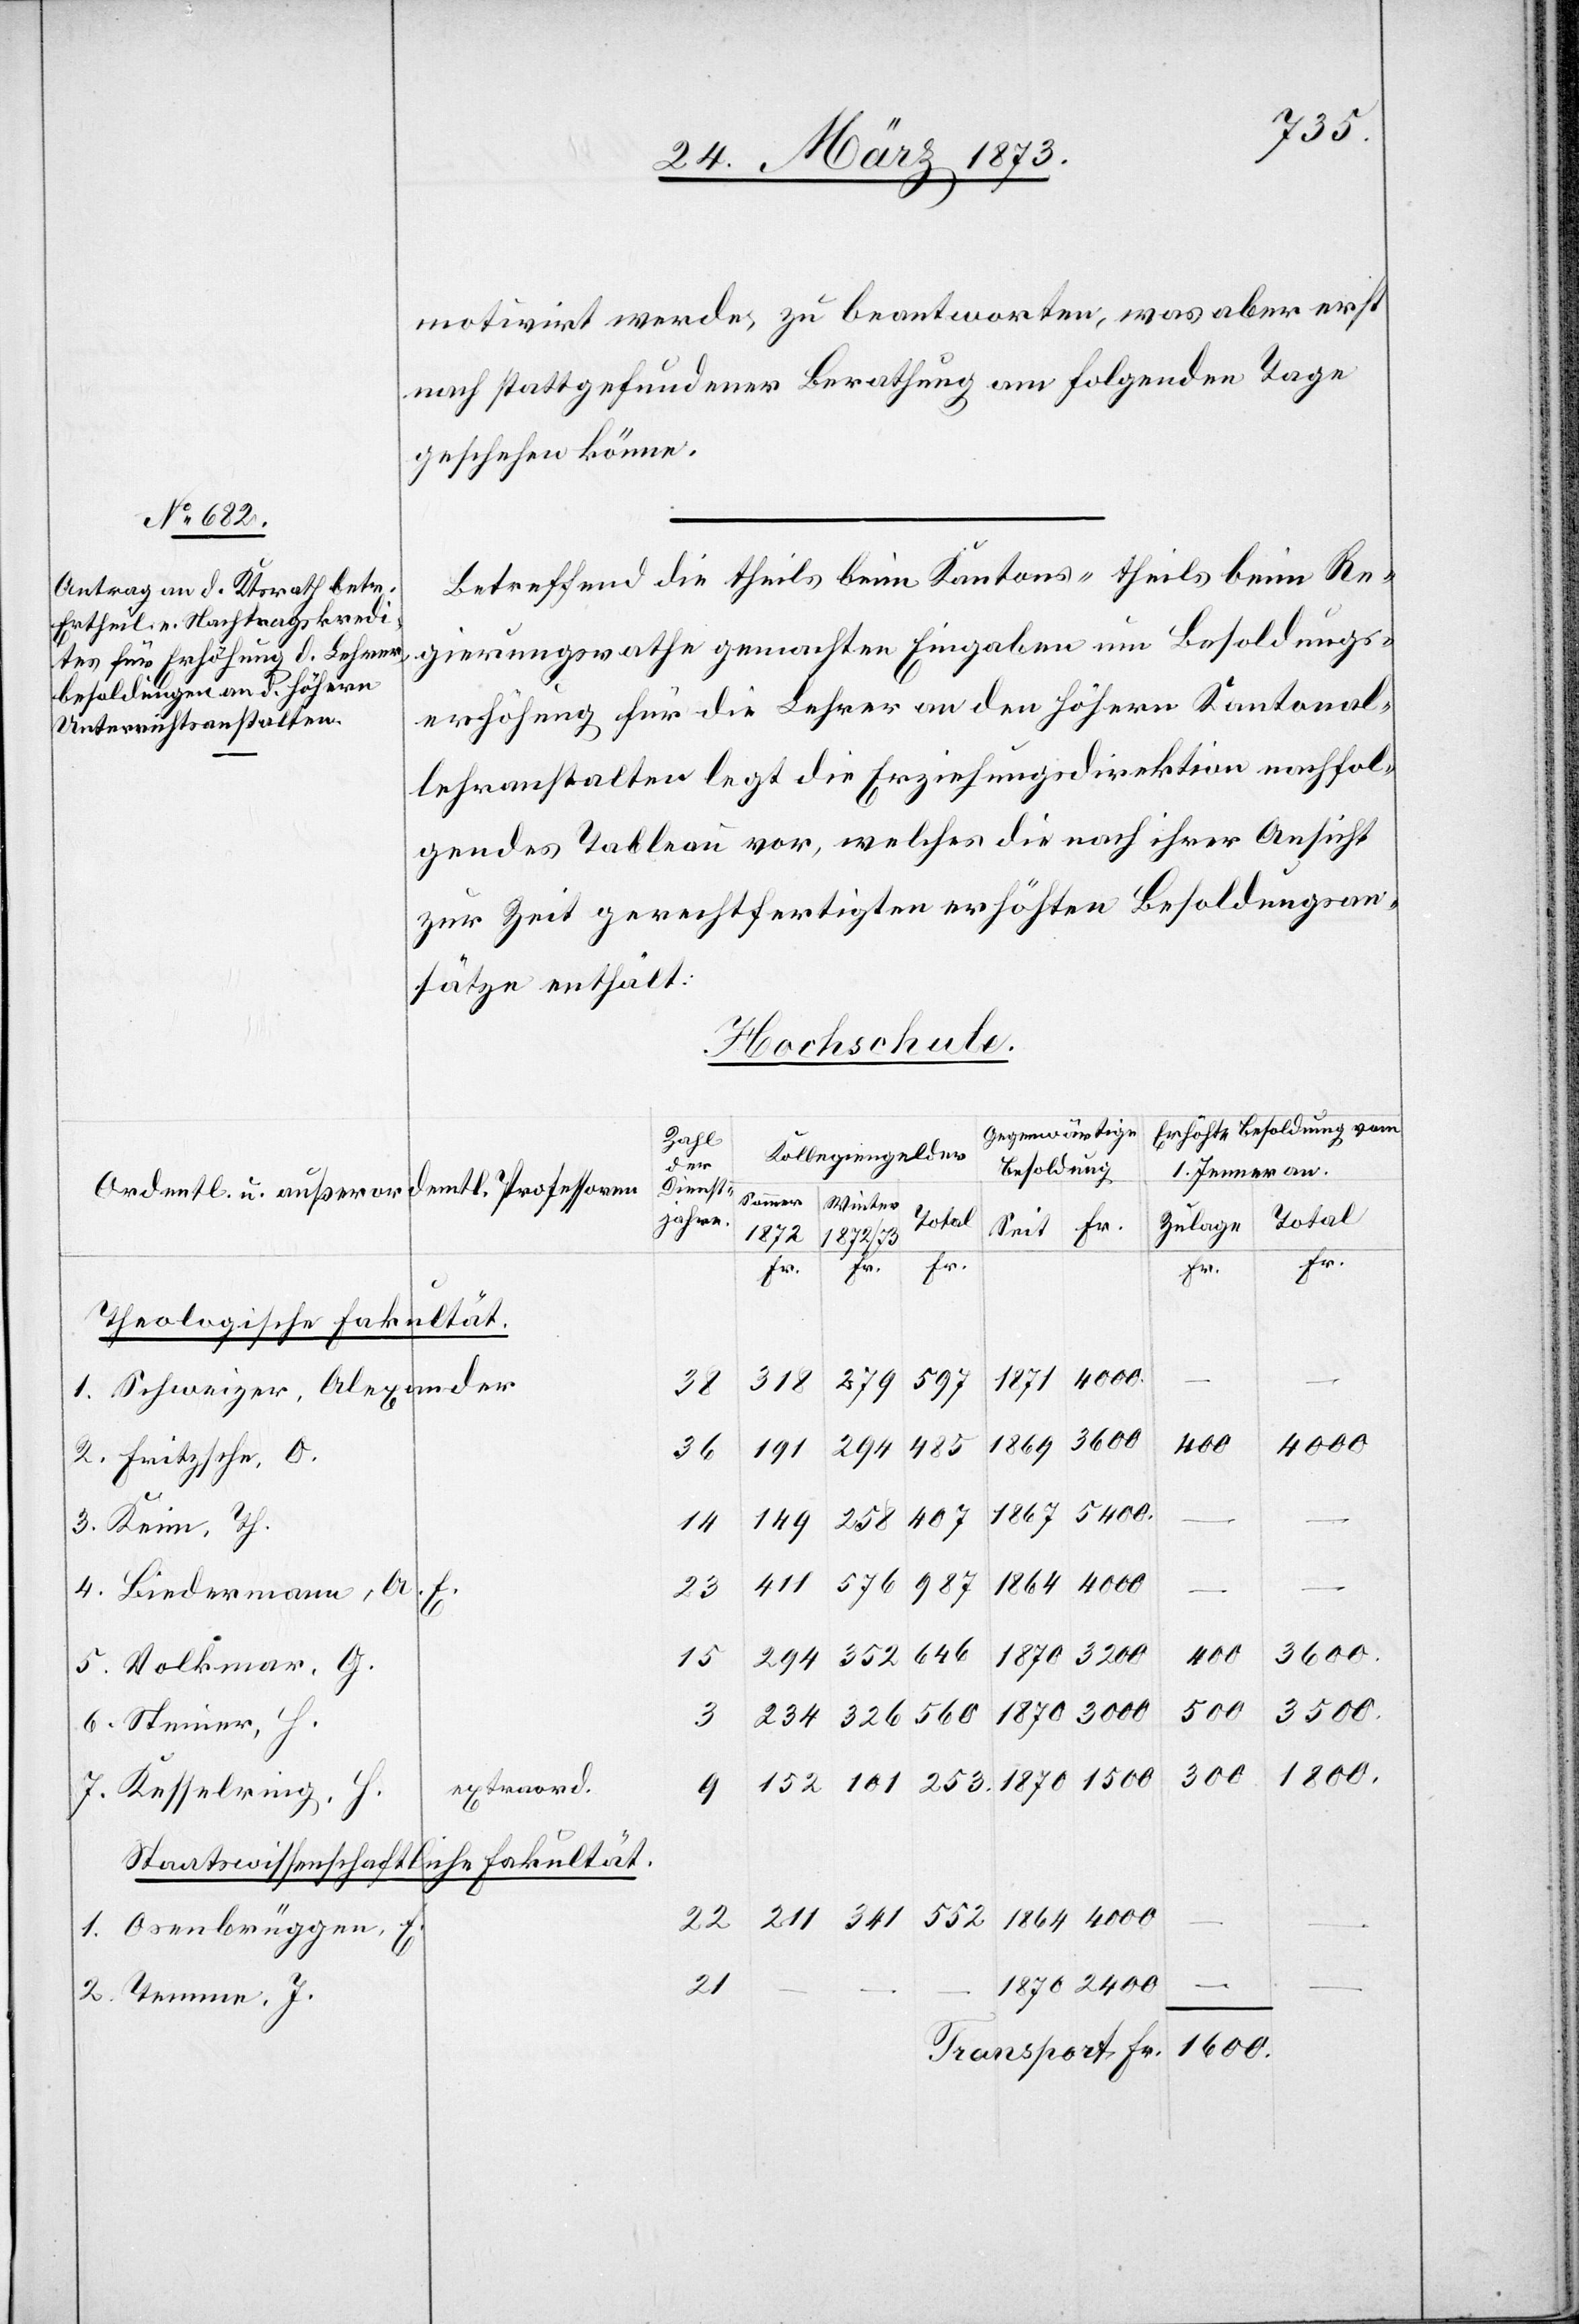
motivirt werde, zu beantworten, was aber erst
nach stattgefundener Berathung am folgenden Tage
geschehen könne.